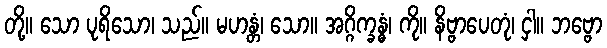
တို့။ သော ပုရိသော၊ သည်။ မဟန္တံ၊ သော။ အဂ္ဂိက္ခန္ဓံ၊ ကို။ နိဗ္ဗာပေတုံ၊ ငှါ။ ဘဗ္ဗော